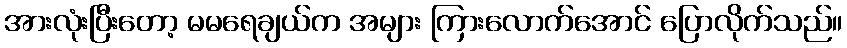
အားလုံးပြီးတော့ မမရေချယ်က အများ ကြားလောက်အောင် ပြောလိုက်သည်။